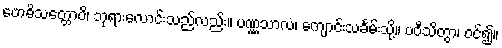
ဗောဓိသတ္တောပိ၊ ဘုရားလောင်းသည်လည်း။ ပဏ္ဏသာလံ၊ ကျောင်းသင်္ခမ်းသို့။ ပဝီသိတွာ၊ ဝင်၍။